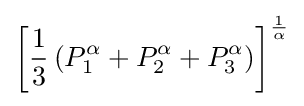
\left[{\frac {1}{3}}\left(P_{1}^{\alpha }+P_{2}^{\alpha }+P_{3}^{\alpha }\right)\right]^{\frac {1}{\alpha }}